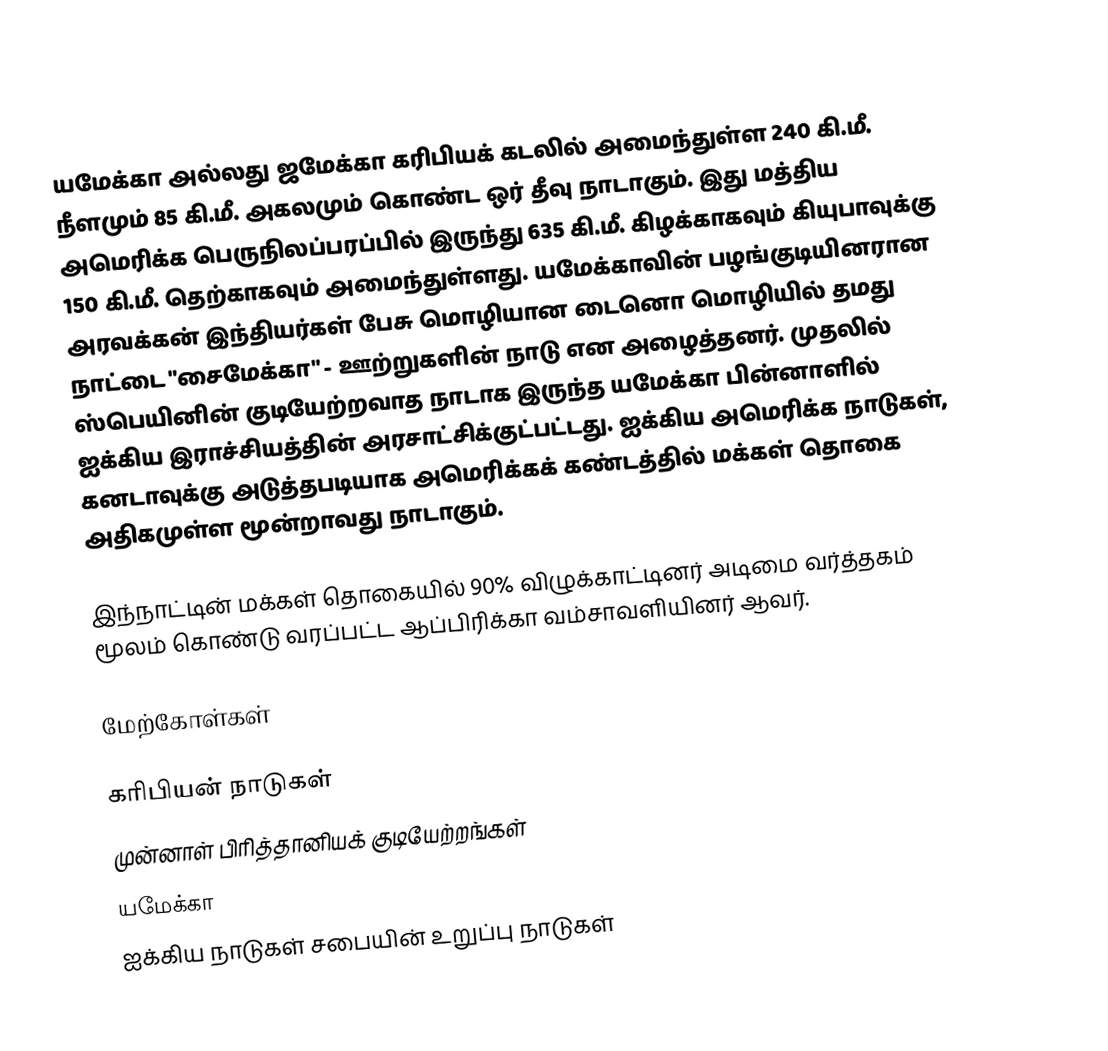
யமேக்கா அல்லது ஜமேக்கா  கரிபியக் கடலில் அமைந்துள்ள 240 கி.மீ. நீளமும் 85 கி.மீ. அகலமும் கொண்ட ஒர் தீவு நாடாகும். இது மத்திய அமெரிக்க பெருநிலப்பரப்பில் இருந்து 635 கி.மீ. கிழக்காகவும் கியுபாவுக்கு 150 கி.மீ. தெற்காகவும் அமைந்துள்ளது. யமேக்காவின் பழங்குடியினரான அரவக்கன் இந்தியர்கள் பேசு மொழியான டைனொ மொழியில்  தமது நாட்டை "சைமேக்கா" - ஊற்றுகளின் நாடு என அழைத்தனர். முதலில் ஸ்பெயினின் குடியேற்றவாத நாடாக இருந்த யமேக்கா பின்னாளில் ஐக்கிய இராச்சியத்தின் அரசாட்சிக்குட்பட்டது. ஐக்கிய அமெரிக்க நாடுகள், கனடாவுக்கு அடுத்தபடியாக அமெரிக்கக் கண்டத்தில் மக்கள் தொகை அதிகமுள்ள மூன்றாவது நாடாகும்.

இந்நாட்டின் மக்கள் தொகையில் 90% விழுக்காட்டினர்  அடிமை வர்த்தகம் மூலம் கொண்டு வரப்பட்ட  ஆப்பிரிக்கா வம்சாவளியினர் ஆவர்.

மேற்கோள்கள்

கரிபியன் நாடுகள்
முன்னாள் பிரித்தானியக் குடியேற்றங்கள்
யமேக்கா
ஐக்கிய நாடுகள் சபையின் உறுப்பு நாடுகள்